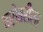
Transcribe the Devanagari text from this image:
बरोबरीला